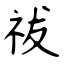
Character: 祓